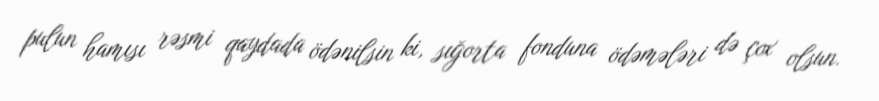
pulun hamısı rəsmi qaydada ödənilsin ki, sığorta fonduna ödəmələri də çox olsun.